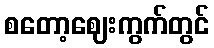
စတော့ဈေးကွက်တွင်